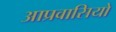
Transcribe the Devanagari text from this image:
आप्रवासियो